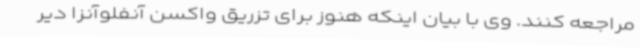
مراجعه کنند. وی با بیان اینکه هنوز برای تزریق واکسن آنفلوآنزا دیر